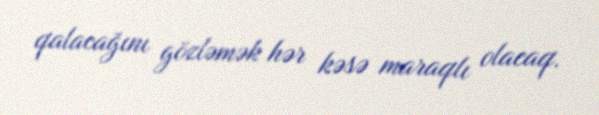
qalacağını gözləmək hər kəsə maraqlı olacaq.